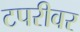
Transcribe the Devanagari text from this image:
टपरीवर